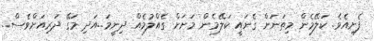
ފެށިއެވެ. ކަލޭމެން މިތަނަށް ގެނައީ ކަލޭމެން މަށަށް ގެއްލުމެއް ދިނީމަ..އަދި މަގޭ ދަރިއަށްވެސް..